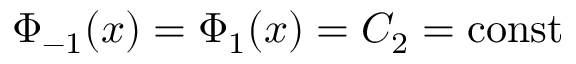
\Phi _ { - 1 } ( x ) = \Phi _ { 1 } ( x ) = C _ { 2 } = \mathrm { c o n s t }